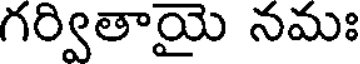
గర్వితాయై నమః